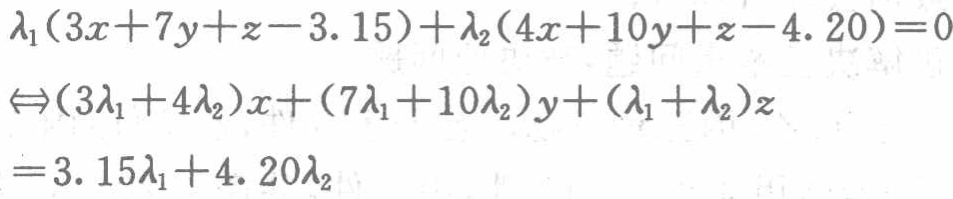
\[\begin{align*}

&\lambda_1(3x + 7y+z - 3.15)+\lambda_2(4x + 10y+z - 4.20)=0\\

\Leftrightarrow&(3\lambda_1 + 4\lambda_2)x+(7\lambda_1 + 10\lambda_2)y+(\lambda_1+\lambda_2)z\\

=&3.15\lambda_1 + 4.20\lambda_2

\end{align*}\]